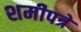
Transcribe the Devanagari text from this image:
शमीपत्रे